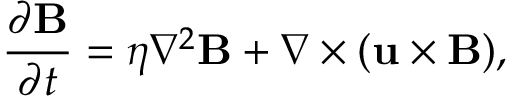
{ \frac { \partial \mathbf { B } } { \partial t } } = \eta \nabla ^ { 2 } \mathbf { B } + \nabla \times ( \mathbf { u } \times \mathbf { B } ) ,